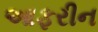
આફરીન